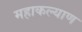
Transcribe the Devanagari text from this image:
महाकल्याण